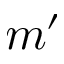
m ^ { \prime }